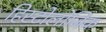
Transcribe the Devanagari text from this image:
हिस्टोलोजिक